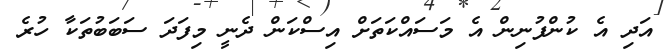
އަދި އެ ކުންފުނިން އެ މަސައްކަތަށް އިސްކަން ދެނީ މިފަދަ ސަބަބުތަކާ ހުރެ